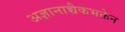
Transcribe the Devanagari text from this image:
अज्ञानाच्चैकभक्तेन